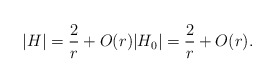
\begin{align*} |H| = \frac{2}{r} +O(r) |H_0| = \frac{2}{r} +O(r). \end{align*}